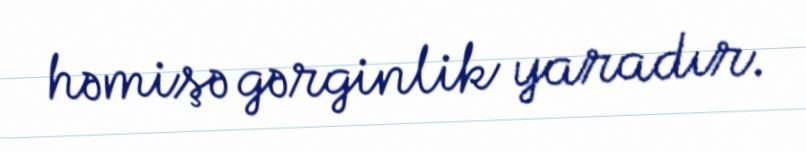
həmişə gərginlik yaradır.